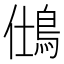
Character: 𪀆